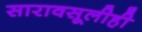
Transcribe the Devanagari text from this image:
सारावसूलीही